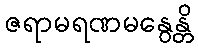
ဇရာမရဏမနွေန္တိ